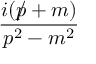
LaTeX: \frac { i ( { p \! \! \! / } + m ) } { p ^ { 2 } - m ^ { 2 } }